Report of the Hyderabad Chloroform Commission
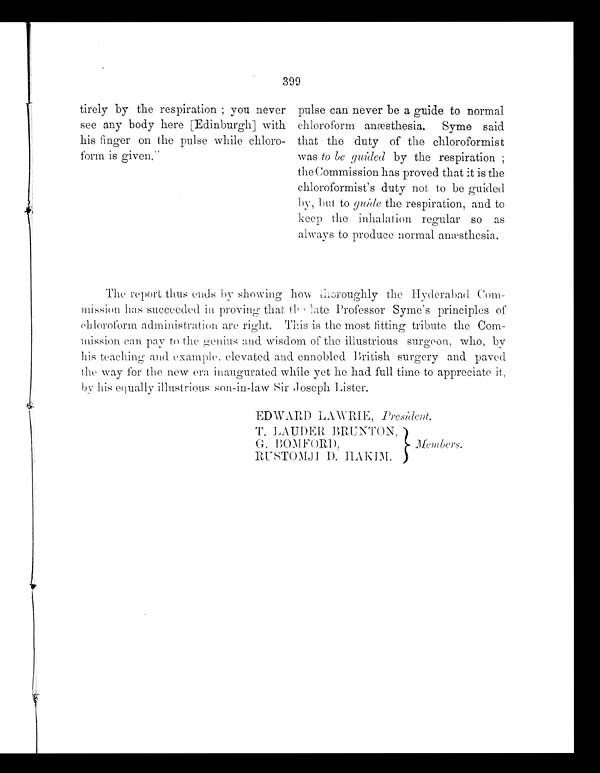
399
tirely by the respiration ; you never
see any body here [Edinburgh] with
his finger on the pulse while chloro-
form is given."
pulse can never be a guide to normal
chloroform anæsthesia. Syme said
that the duty of the chloroformist
was to be guided by the respiration ;
the Commission has proved that it is the
chloroformist's duty not to be guided
by, but to guide the respiration, and to
keep the inhalation regular so as
always to produce normal anæsthesia.
The report thus ends by showing how choroughly the Hyderabad Com-
mission has succeeded in proying that the late Professor Syme's principles of
chloroform administration are right. This is the most fitting tribute the Com-
mission can pay to the genius and wisdom of the illustrious surgeon, who, by
his teaching and example. elevated and ennobled British surgery and paved
the way for the new era inaugurated while yet he had full time to appreciate it,
by his equally illustrious son-in-law Sir Joseph Lister.
EDWARD LAWRIE, President.
T. LAUDER BRUNTON,
G. BOM FORD, } Members.
RUSTOMJI D. HAKIM.